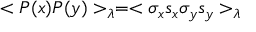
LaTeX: < P ( x ) P ( y ) > _ { \lambda } = < \sigma _ { x } s _ { x } \sigma _ { y } s _ { y } > _ { \lambda }